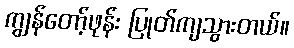
ကျွန်တော့်ဖုန်း ပြုတ်ကျသွားတယ်။